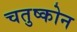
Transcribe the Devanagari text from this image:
चतुष्कोन